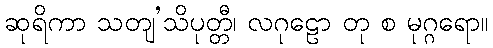
ဆုရိကာ သတျ’သိပုတ္တီ၊ လဂုဠော တု စ မုဂ္ဂရော။